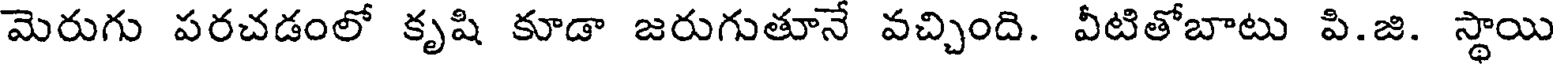
మెరుగు పరచడంలో కృషి కూడా జరుగుతూనే వచ్చింది. వీటితోబాటు పి.జి. స్థాయి